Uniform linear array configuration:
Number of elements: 48
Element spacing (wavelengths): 1
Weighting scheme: hann
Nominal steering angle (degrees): -15
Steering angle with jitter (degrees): -14.991
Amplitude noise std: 0.05
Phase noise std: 0.05

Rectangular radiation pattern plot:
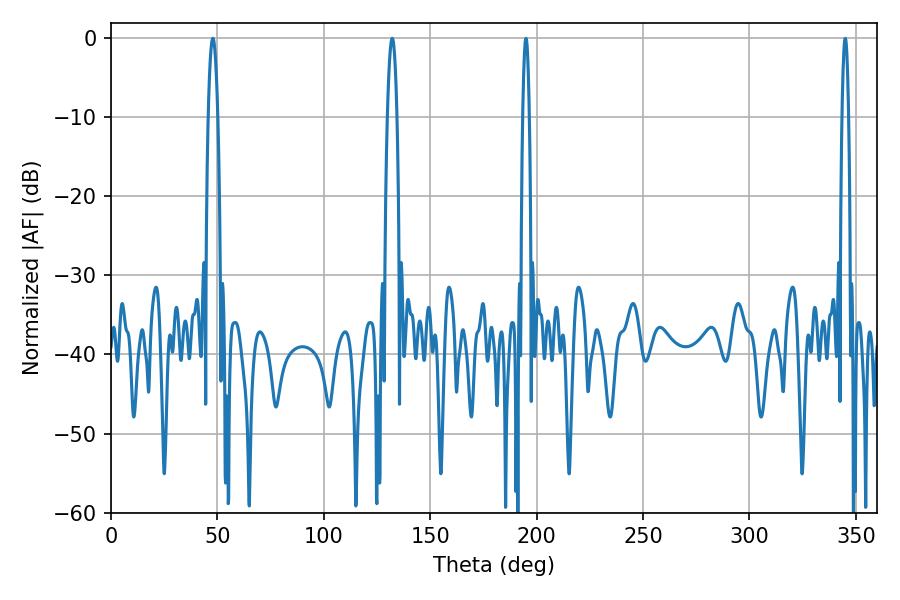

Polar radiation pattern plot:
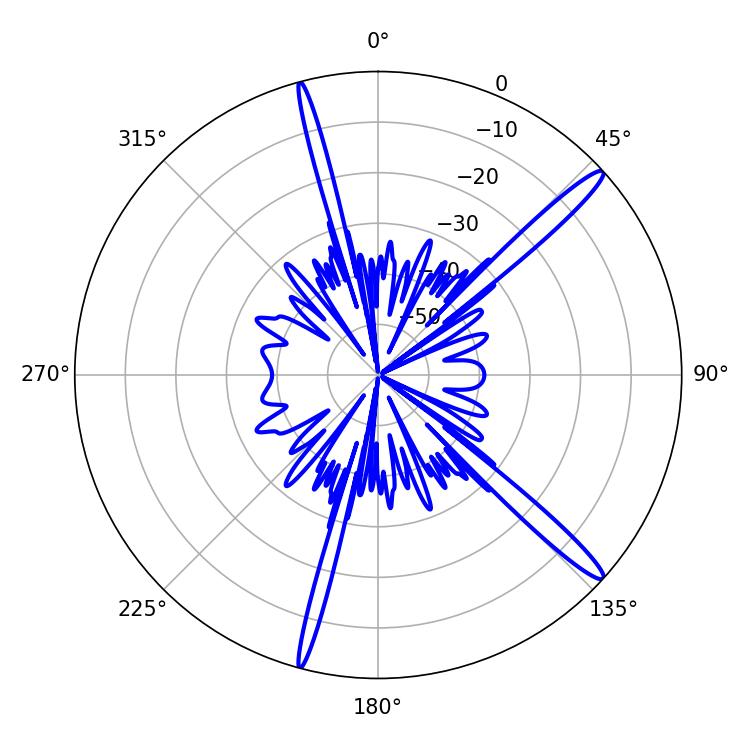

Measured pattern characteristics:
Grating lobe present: TRUE
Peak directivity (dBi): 15.755
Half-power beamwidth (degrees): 2.52
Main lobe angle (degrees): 47.88